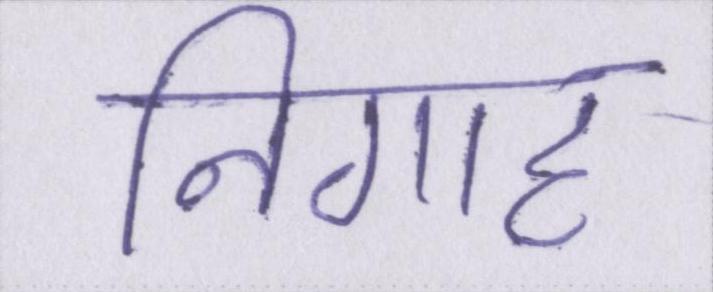
निगाह